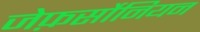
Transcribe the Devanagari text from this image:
जेफ़र्सोनियन